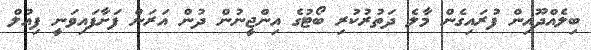
ބިލެއްދޫއިން ފުރައިގެން މާލެ ދަތުރުކުރި ބޯޓުގެ އިންޖީނުން ދުން އަރަން ފަށާފައިވަނީ ފިއުލް